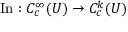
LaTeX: \operatorname { I n } : C _ { c } ^ { \infty } ( U ) \to C _ { c } ^ { k } ( U )